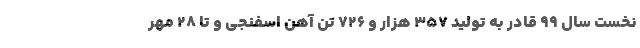
نخست سال ۹۹ قادر به تولید ۳۵۷ هزار و ۷۲۶ تن آهن اسفنجی و تا ۲۸ مهر